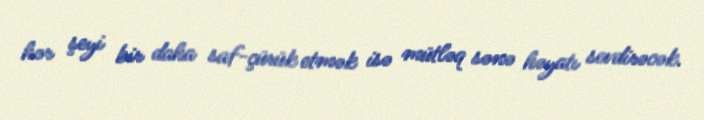
hər şeyi bir daha saf-çürük etmək isə mütləq sənə həyatı sevdirəcək.